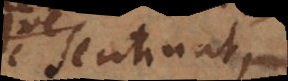
se statuat,